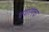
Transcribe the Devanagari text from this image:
चंपारणचा